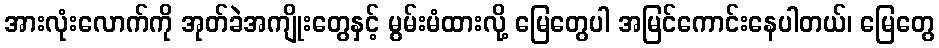
အားလုံးလောက်ကို အုတ်ခဲအကျိုးတွေနှင့် မွမ်းမံထားလို့ မြေတွေပါ အမြင်ကောင်းနေပါတယ်၊ မြေတွေ